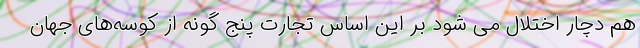
هم دچار اختلال می شود بر این اساس تجارت پنج گونه از کوسه‌های جهان